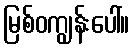
မြစ်ဝကျွန်းပေါ်။